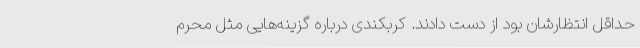
حداقل انتظارشان بود از دست دادند. کربکندی درباره گزینه‌هایی مثل محرم